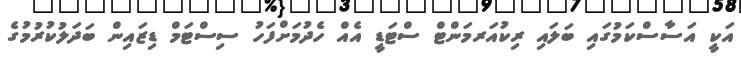
އަކީ އަސާސްކަމުގައި ބަލައި ރިކުއަރމަންޓް ސްޓަޑީ އެއް ހެދުމަށްފަހު ސިސްޓަމް ޑިޒައިން ބަދަލުކުރުމުގެ